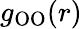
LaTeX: g_{\mathrm{OO}}(r)